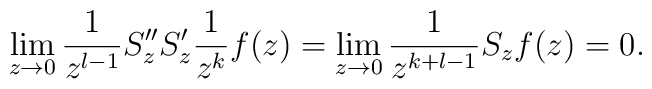
\lim_{z\to 0} \frac{1}{z^{l-1}} S''_z S'_z \frac{1}{z^k} f(z)=\lim_{z \to0} \frac{1}{z^{k+l-1} } S_z f(z)=0.